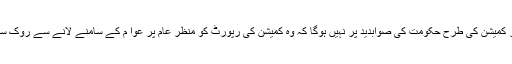
دیگر کمیشن کی طرح حکومت کی صوابدید پر نہیں ہوگا کہ وہ کمیشن کی رپورٹ کو منظر عام پر عوا م کے سامنے لانے سے روک سکے۔